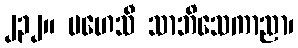
၂၃၂။ မဟေသီ သာဘိသေကာညာ၊